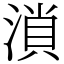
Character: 溑